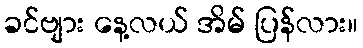
ခင်ဗျား နေ့လယ် အိမ် ပြန်လား။